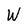
Character: W